Vaccine operations Central Provinces & Berar 1912-1920 - 1912-1920
Year: 1912
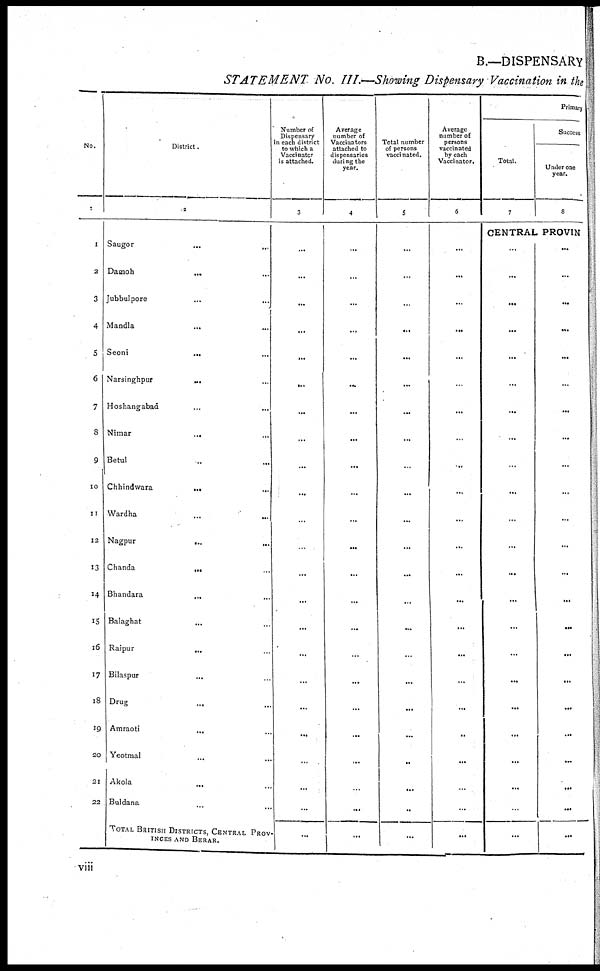
B.—DISPENSARY
STATEMENT No. III.—Showing Dispensary Vaccination in the
No.
1
1
2
3
4
5
6
7
8
9
10
11
12
13
14
15
16
17
18
19
20
21
22
District.
2
Saugor ... ...
Damoh ... ...
Jubbulpore
...
...
Mandla
...
...
Seoni
...
...
Narsinghpur
...
...
Hoshangabad ... ...
Nimar
...
...
Betul ... ...
Chhindwara
...
...
Wardha
...
...
Nagpur ... ...
Chanda
...
...
Bhandara
...
...
Balaghat ... ...
Raipur
...
...
Bilaspur ... ...
Drug ... ...
Amraoti
...
...
Yeotmal ... ...
Akola
...
...
Buldana ... ...
TOTAL BRITISH DISTRICTS, CENTRAL PROV-
INCES AND BERAR.
Number of
Dispensary
in each district
to which a
Vaccinator
is attached.
3
...
...
...
...
...
...
...
...
...
...
...
...
...
...
...
...
...
...
...
...
...
...
...
Average
number of
Vaccinators
attached to
dispensaries
during the
year.
4
...
...
...
...
...
...
...
...
...
...
...
...
...
...
...
...
...
...
...
...
...
...
...
Total number
of persons
vaccinated.
5
...
...
...
...
...
...
...
...
...
...
...
...
...
...
...
...
...
...
...
...
...
...
...
Average
number of
persons
vaccinated
by each
Vaccinator.
6
...
...
...
...
...
...
...
...
...
...
...
...
...
...
...
...
...
...
...
...
...
...
...
Primary
Total.
7
Success
Under one
year.
8
CENTRAL PROVIN
...
...
...
...
...
...
...
...
...
...
...
...
...
...
...
...
...
...
...
...
...
...
...
...
...
...
...
...
...
...
...
...
...
...
...
...
...
...
...
...
...
...
...
...
...
...
viii